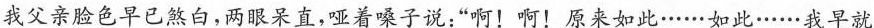
我父亲脸色早已煞白，两眼呆直，哑着嗓子说：”啊！啊！原来如此……如此……我早就